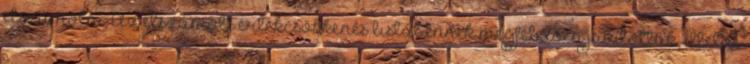
elszámolni. Az elszámolt értékcsökkenés listát ennek megfelelően javítottuk, illetve